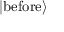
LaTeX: | { \mathrm { b e f o r e } } \rangle